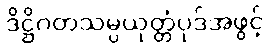
ဒိဋ္ဌိဂတသမ္ပယုတ္တံပုဒ်အဖွင့်